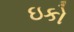
ઇકો